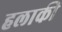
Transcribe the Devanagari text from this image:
हलाकी